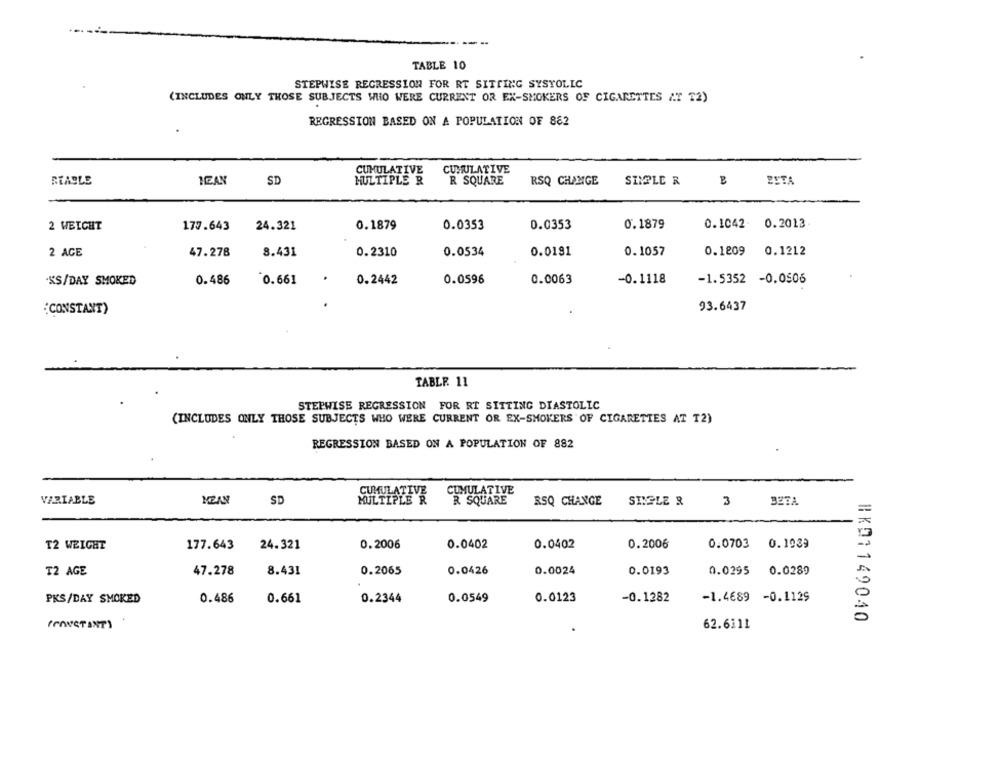
TABLE 10
STEPWISE REGRESSION FOR RT SITTING SYSTOLIC
(INCLUDES ONLY THOSE SUBJECTS WHO WERE CURRENT OR EX-SMOKERS OF CIGARETTES AT T2)
REGRESSION BASED ON A POPULATION OF 882
CUMULATIVE
CUMULATIVE
REABLE
MEAN
SD
MULTIPLE R
R SQUARE
RSQ CHANGE
SIMPLE R
BETA
2 WEIGHT
177.643
24.321
0.1879
0.0353
0.0353
0.1879
0.1042- 0.2013
8.431
0.2310
0.1209 0.1212
2 ACE
47.278
0.0534
0.0191
0.1057
.KS/DAY SMOKED
0.486
`0.661
.
0.2442
0.0596
0.0063
-0.1118
-1.5352 -0.0506
{CONSTANT)
93.6437
TABLE 11
STEPWISE REGRESSION FOR RT SITTING DIASTOLIC
(INCLUDES ONLY THOSE SUBJECTS WHO WERE CURRENT OR EX-SMOKERS OF CIGARETTES AT T2)
REGRESSION BASED ON A POPULATION OF 882
CUMULATIVE
VARIABLE
MEAN
SD
CUMULATIVE
R SQUARE
RSQ CHANGE
SIMPLE R
BETA
3
T2 WEIGHT
177.643
24.321
0.2006
0.0402
0.0402
0.2006
0.0703 0.1939
0.2065
0.0426
0.0024
0.0193
T2 AGE
47.278
8.431
0.0295
0.0289
PKS/DAY SMOKED
0.486
0.661
0.2344
0.0549
0.0123
-0.1282
-1.4689 -0.1129
BK01149040
(CONSTANT)
62.6111